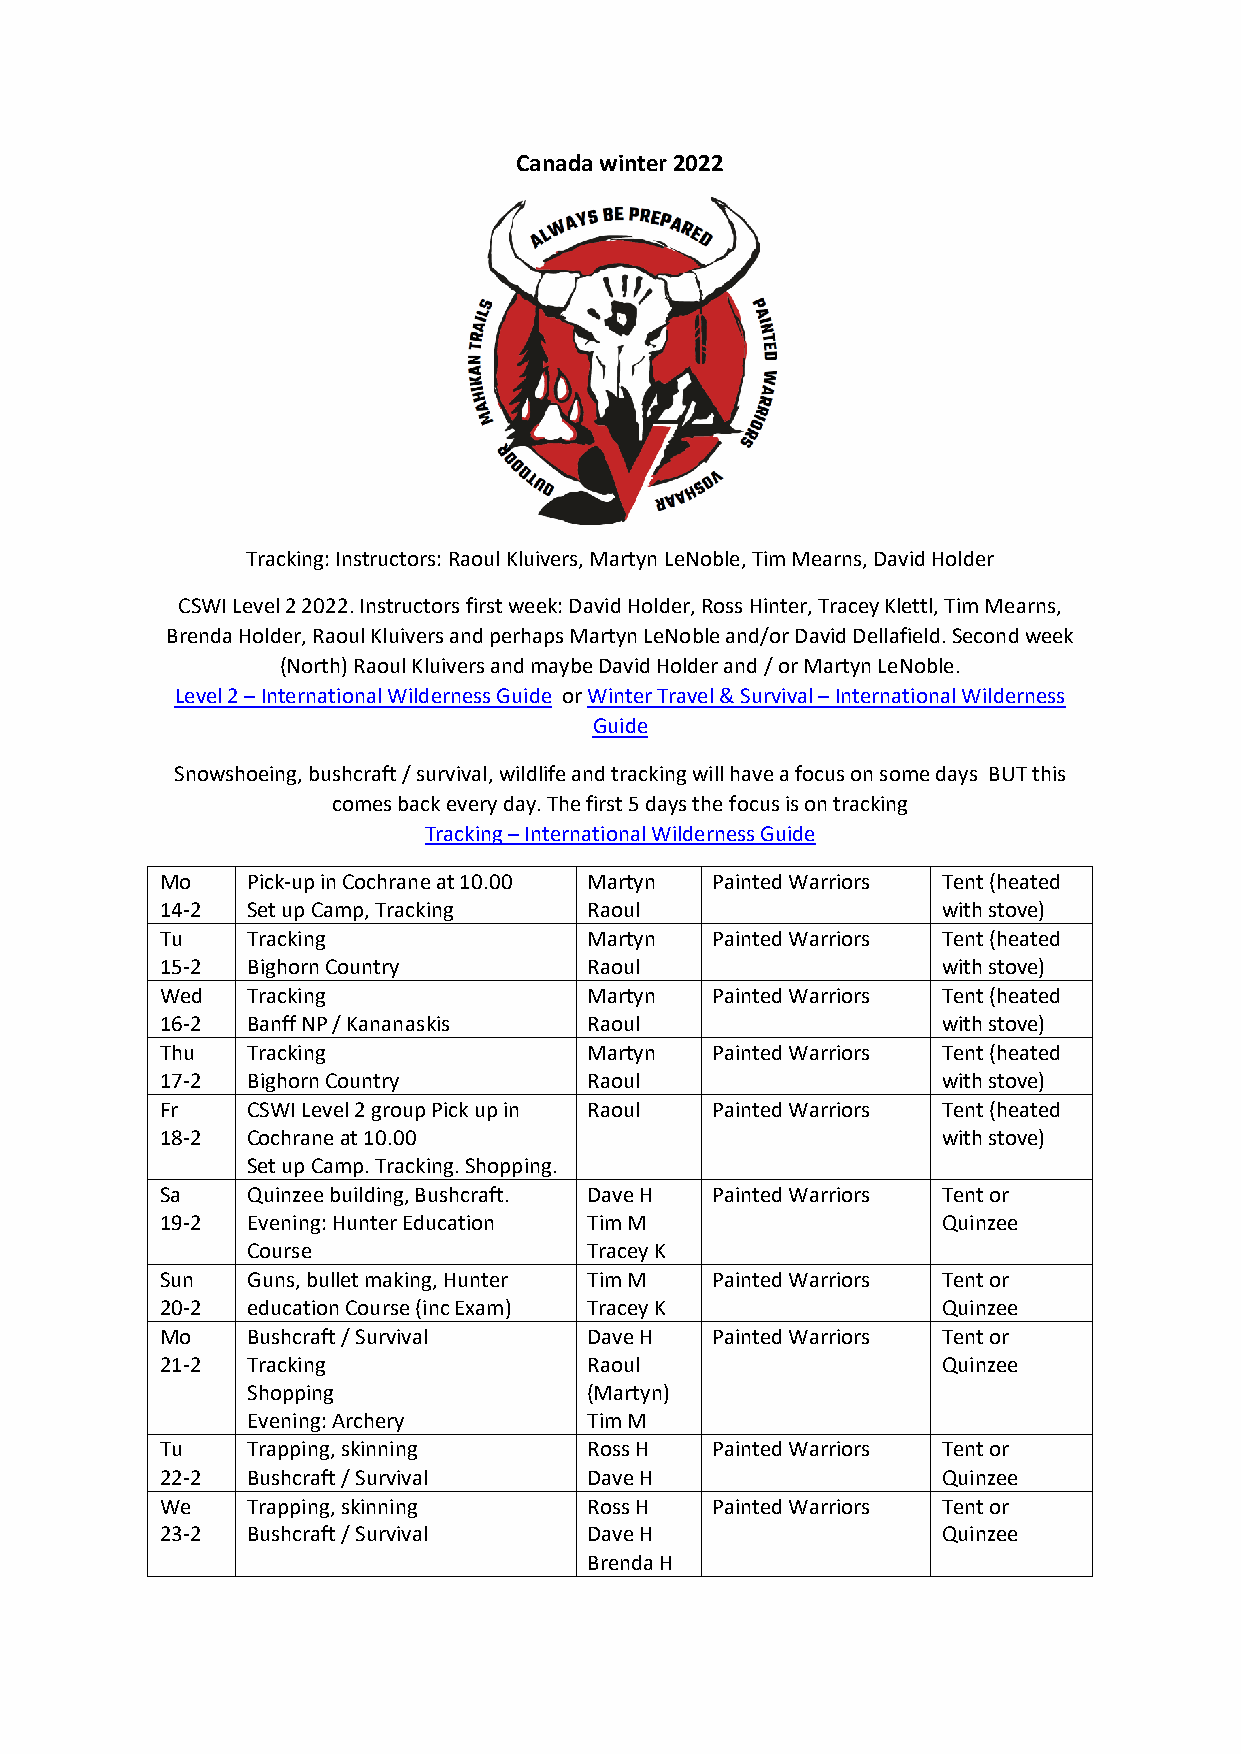
Canada winter 2022
 Tracking: Instructors: Raoul Kluivers, Martyn LeNoble, Tim Mearns, David Holder
 CSWI Level 2 2022. Instructors first week: David Holder, Ross Hinter, Tracey Klettl, Tim Mearns,
 Brenda Holder, Raoul Kluivers and perhaps Martyn LeNoble and/or David Dellafield. Second week
 (North) Raoul Kluivers and maybe David Holder and / or Martyn LeNoble.
 Level 2 – International Wilderness Guide or Winter Travel & Survival – International Wilderness
 Guide
 Snowshoeing, bushcraft / survival, wildlife and tracking will have a focus on some days BUT this
 comes back every day. The first 5 days the focus is on tracking
 Tracking – International Wilderness Guide
 Mo   Pick-up in Cochrane at 10.00 Martyn Painted Warriors Tent (heated
 14-2 Set up Camp, Tracking  Raoul                  with stove)
 Tu   Tracking               Martyn  Painted Warriors Tent (heated
 15-2 Bighorn Country        Raoul                  with stove)
 Wed  Tracking               Martyn  Painted Warriors Tent (heated
 16-2 Banff NP / Kananaskis  Raoul                  with stove)
 Thu  Tracking               Martyn  Painted Warriors Tent (heated
 17-2 Bighorn Country        Raoul                  with stove)
 Fr   CSWI Level 2 group Pick up in Raoul Painted Warriors Tent (heated
 18-2 Cochrane at 10.00                             with stove)
 Set up Camp. Tracking. Shopping.
 Sa   Quinzee building, Bushcraft. Dave H Painted Warriors Tent or
 19-2 Evening: Hunter Education Tim M               Quinzee
 Course                 Tracey K
 Sun  Guns, bullet making, Hunter Tim M Painted Warriors Tent or
 20-2 education Course (inc Exam) Tracey K          Quinzee
 Mo   Bushcraft / Survival   Dave H  Painted Warriors Tent or
 21-2 Tracking               Raoul                  Quinzee
 Shopping               (Martyn)
 Evening: Archery       Tim M
 Tu   Trapping, skinning     Ross H  Painted Warriors Tent or
 22-2 Bushcraft / Survival   Dave H                 Quinzee
 We   Trapping, skinning     Ross H  Painted Warriors Tent or
 23-2 Bushcraft / Survival   Dave H                 Quinzee
 Brenda H